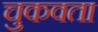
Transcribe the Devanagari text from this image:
चुकवता